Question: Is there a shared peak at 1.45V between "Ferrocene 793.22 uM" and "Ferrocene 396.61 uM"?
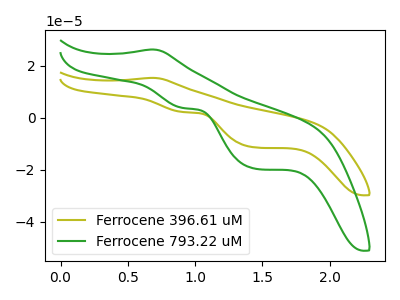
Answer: <think>The olive curve "Ferrocene 396.61 uM" has an anodic peak at (0.65V, 15.30uA) and cathodic peaks at (0.90V, 2.15uA) (1.45V, -11.45uA). The green curve "Ferrocene 793.22 uM" has an anodic peak at (0.65V, 26.20uA) and cathodic peaks at (0.90V, 3.70uA) (1.45V, -19.65uA).</think>
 <answer>Yes, "Ferrocene 793.22 uM" and "Ferrocene 396.61 uM" share a peak at 1.45V.</answer>
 <eval>match</eval>